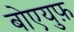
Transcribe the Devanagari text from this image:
बोएयुफ़